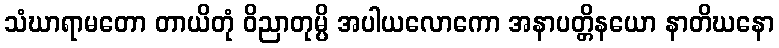
သံဃာရာမတော တာယိတုံ ဝိညာတုမ္ပိ အပါယလောကော အနာပတ္တိနယော နာတိဃနော